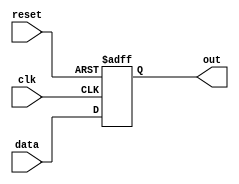
module async_reset_behavioral (
    input wire clk,        // Clock signal
    input wire reset,      // Asynchronous reset signal
    input wire [7:0] data, // Example data input
    output reg [7:0] out   // Example output register
);

// Asynchronous reset and normal operation
always @(posedge clk or posedge reset) begin
    if (reset) begin
        // Reset condition: initialize output to zero
        out <= 8'b0; // Reset state
    end else begin
        // Normal operation: update output based on input data
        out <= data; // Example behavior: output follows input data
    end
end

endmodule